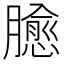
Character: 𱢻